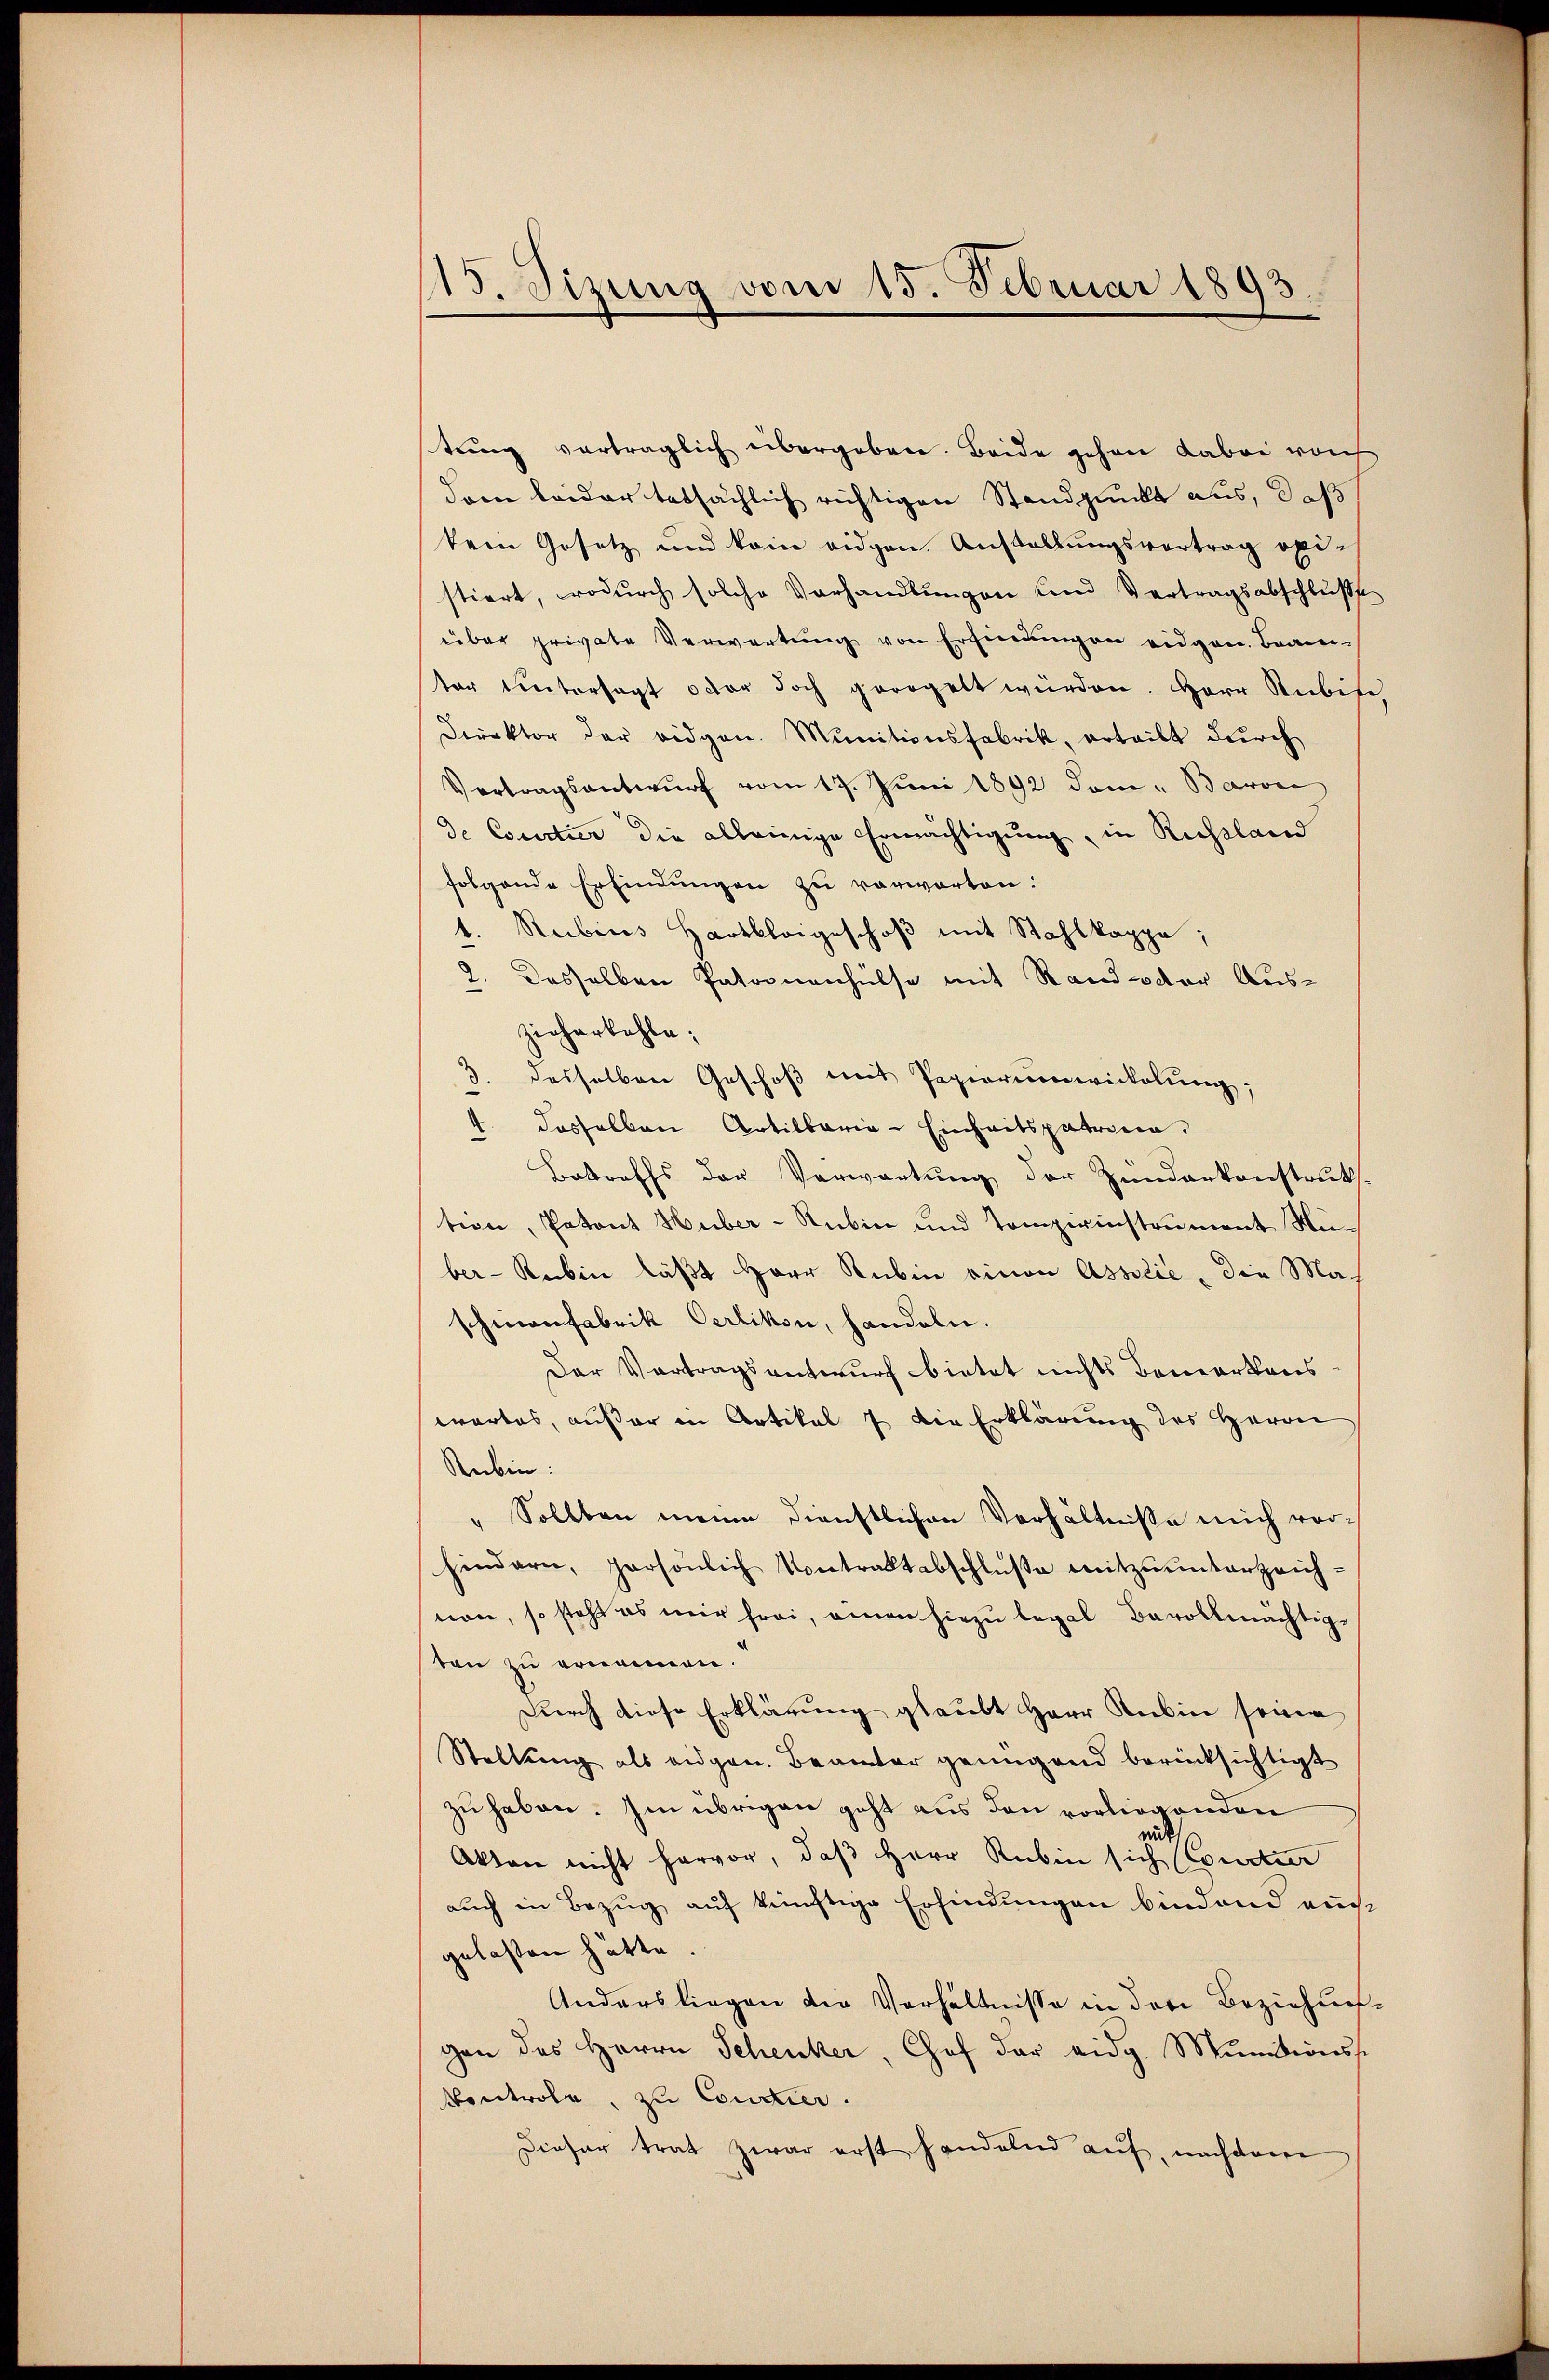
15. Sizung vom 15. Februar 1893.

tŭng verträglich übergeben. Beide gehen dabei noch
dren leider tatsächlich richtigen Standpunkt aus, daß
kein Gesetz und kein eidgen. Anstallŭngsvertrag opistiert, wodurch solche Vorhandlungen und Vertragsabschluße
über private Verwartung von Erfindungen eidgen. Bran
ter Untersagt oder doch geregelt würden. Herr Rubife,
Direktor der Bidgen. Munitionsfabrik, erteilt durch
Vertragsantwŭrf vom 17. Juni 1892 dem Barone
de Courtier die alleinige Ermächtigung, in Russland
folgende Erfindungen zu verwarten.
t. Rubins Hartbloigeschoβ mit Stahlkappe;
1. Dasselben Patronenhülse mit Stand octor Auszieherkohle;
desselben Geschoß mit Papierennwicklung;
4. dasselben Artillaria-Einheitspatrina.
Betreffs der Verwartung der Zŭndarkonstruk.
tion, Patent Huber-Stubin und Tompirinstrument Nüber- Reben läßt Herr Rubin einen Associe, die Ma-
schmanfabrik Oerlikon, handeln.
Der Vortragsentwurf bietet nichts Bemerkers.
wartes, außer in Artikel 7 die Erklärung des Herrn
Rubin:
" Sollten meine dienstlichen Verhältniße mich vorhindern, persönlich Kontraktabschlüße mitzuunterzeich-
non, so steht es mir frei, einen hiezu legal Bevollmächtigten zu ernennen.
Durch diese Erklärung glaubt Herr Rubin seine
Stellung als eigen. Beamter genügend berücksichtigt
zu haben. Im übrigen geht aus den vorliegenden
mit
Akten nicht hervor, daß Herr Rubin sich (Courter
auch in Bezug auf künftige Erfindungen bindend auch
gelassen hätte.
Anders liegen die Verhältnisse in der Beziehungen des Herrn Schenker, Chef der eidg. Munitionss
Controle, zu Concier.
Dieser trat zwar erst handelnd auf, nachdene